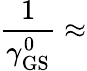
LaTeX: \frac{1}{\gamma_{\mathrm{GS}}^{0}}\approx